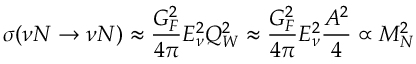
\sigma ( \nu N \rightarrow \nu N ) \approx \frac { G _ { F } ^ { 2 } } { 4 \pi } E _ { \nu } ^ { 2 } Q _ { W } ^ { 2 } \approx \frac { G _ { F } ^ { 2 } } { 4 \pi } E _ { \nu } ^ { 2 } \frac { A ^ { 2 } } { 4 } \propto M _ { N } ^ { 2 }